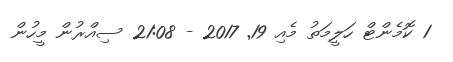
1 ކޮމެންޓް ހަލީމަތު މެއި 19